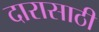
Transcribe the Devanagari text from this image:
दारासाठी